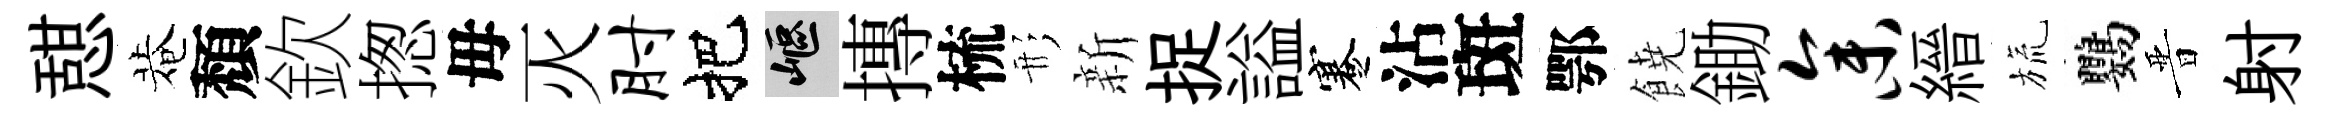
憇菴頽欽揔毋灭肘把嶇摶梳形新捉謚蹇沾斑鄂𩜙鋤参縉旒鸚晋射